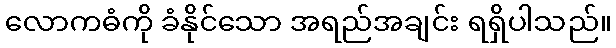
လောကဓံကို ခံနိုင်သော အရည်အချင်း ရရှိပါသည်။